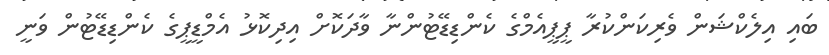
ބައި އިލެކްޝަން ވެރިކަންކުރާ ޕީޕީއެމްގެ ކެންޑިޑޭޓުންނާ ވާދަކޮށް އިދިކޮޅު އެމްޑީޕީގެ ކެންޑިޑޭޓުން ވަނީ